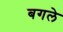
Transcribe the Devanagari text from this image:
बगले